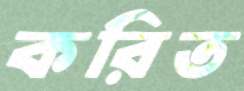
করিত